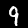
Label: 9